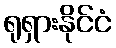
ရုရှားနိုင်ငံ